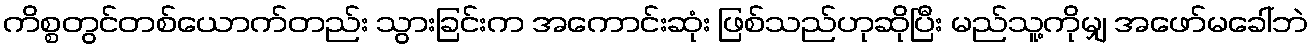
ကိစ္စတွင်တစ်ယောက်တည်း သွားခြင်းက အကောင်းဆုံး ဖြစ်သည်ဟုဆိုပြီး မည်သူ့ကိုမျှ အဖော်မခေါ်ဘဲ